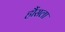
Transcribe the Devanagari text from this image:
हौंसला